Report on vaccination North-West Frontier Province 1904-1922 - 1904-1922
Year: 1904
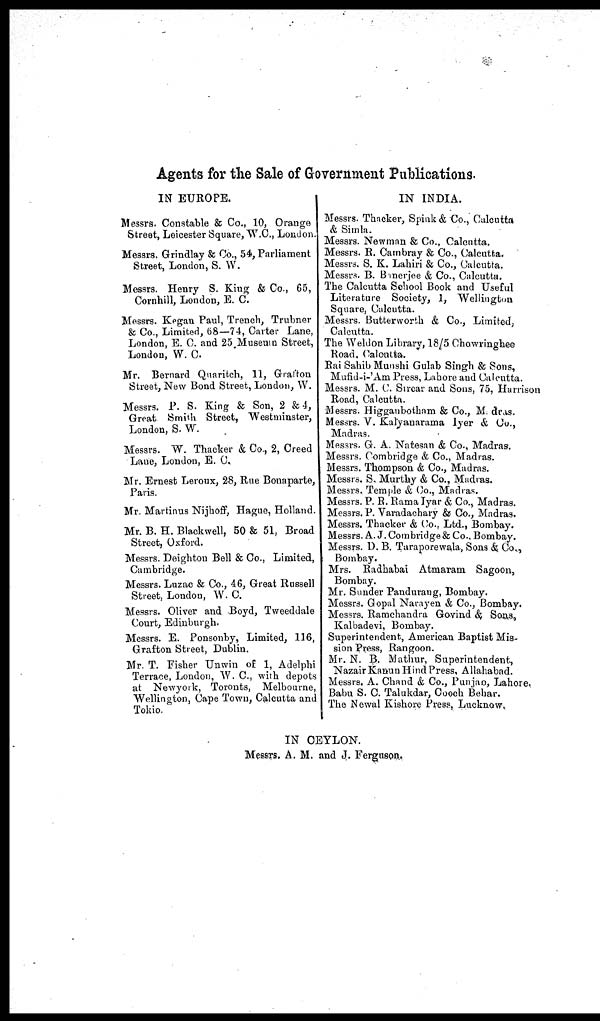
Agents for the Sale of Government Publications.
IN EUROPE.
Messrs. Constable & Co., 10, Orange
Street, Leicester Square, W.C., London.
Messrs. Grindlay & Co., 54, Parliament
Street, London, S. W.
Messrs. Henry S. King & Co., 65,
Cornhill, London, E. C.
Messrs. Kegan Paul, Trench, Trubner
& Co., Limited, 68—74, Carter Lane,
London, E. C. and 25 Museum Street,
London, W. C.
Mr. Bernard Quaritch, 11, Grafton
Street, New Bond Street, London, W.
Messrs. P. S. King & Son, 2 & 4,
Great Smith Street, Westminster,
London, S. W.
Messrs. W. Thacker & Co., 2, Creed
Lane, London, E. C.
Mr. Ernest Leroux, 28, Rue Bonaparte,
Paris.
Mr. Martinus Nijhoff, Hague, Holland.
Mr. B. H. Blackwell, 50 & 51, Broad
Street, Oxford.
Messrs. Deighton Bell & Co., Limited,
Cambridge.
Messrs. Luzac & Co., 46, Great Russell
Street, London, W. C.
Messrs. Oliver and Boyd, Tweeddale
Court, Edinburgh.
Messrs. E. Ponsonby, Limited, 116,
Grafton Street, Dublin.
Mr. T. Fisher Unwin of 1, Adelphi
Terrace, London, W. C., with depots
at Newyork, Toronts, Melbourne,
Wellington, Cape Town, Calcutta and
Tokio.
IN INDIA.
Messrs. Thacker, Spink & Co., Calcutta
& Simla.
Messrs. Newman & Co., Calcutta.
Messrs. R. Cambray & Co., Calcutta.
Messrs. S. K. Lahiri & Co., Calcutta.
Messrs. B. Banerjee & Co., Calcutta.
The Calcutta School Book and Useful
Literature Society, 1, Wellington
Square, Calcutta.
Messrs. Butterworth & Co., Limited,
Calcutta.
The Weldon Library, 18/5 Chowringhee
Road. Calcutta.
Rai Sahib Munshi Gulab Singh & Sons,
Mufid-i-'Am Press, Lahore and Calcutta.
Messrs. M. C. Sircar and Sons, 75, Harrison
Road, Calcutta.
Messrs. Higganbotham & Co., Madras.
Messrs. V. Kalyanarama Iyer & Co.,
Madras.
Messrs. G. A. Natesan & Co., Madras.
Messrs. Combridge & Co., Madras.
Messrs. Thompson & Co., Madras.
Messrs. S. Murthy & Co., Madras.
Messrs. Temple & Co., Madras.
Messrs. P. R. Rama Iyar & Co., Madras.
Messrs. P. Varadachary & Co., Madras.
Messrs. Thacker & Co., Ltd., Bombay.
Messrs. A. J. Combridge & Co., Bombay.
Messrs. D. B. Taraporewala, Sons & Co.,
Bombay.
Mrs. Radhabai Atmaram Sagoon,
Bombay.
Mr. Sunder Pandurang, Bombay.
Messrs. Gopal Narayen & Co., Bombay.
Messrs. Ramchandra Govind & Sons,
Kalbadevi, Bombay.
Superintendent, American Baptist Mis-
sion Press, Rangoon.
Mr. N. B. Mathur, Superintendent,
Nazair Kanun Hind Press, Allahabad.
Messrs. A. Chand & Co., Punjab, Lahore.
Babu S. C. Talukdar, Cooch Behar.
The Newal Kishore Press, Lucknow.
IN CEYLON.
Messrs. A. M. and J. Ferguson.